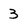
Character: 3